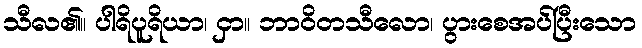
သီလ၏။ ပါရိပူရိယာ၊ ငှာ။ ဘာဝိတသီလော၊ ပွားစေအပ်ပြီးသော